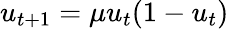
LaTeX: u_{t+1}=\mu u_{t}(1-u_{t})